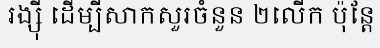
រង្ស៊ី ដើម្បីសាកសួរចំនួន ២លើក ប៉ុន្តែ